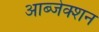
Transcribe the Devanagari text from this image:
आब्जेक्शन